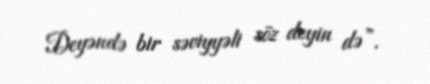
Deyəndə bir səviyyəli söz deyin də”.